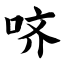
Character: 哜